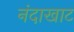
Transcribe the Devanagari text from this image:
नंदाखाट